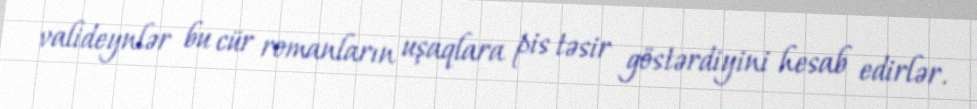
valideynlər bu cür romanların uşaqlara pis təsir göstərdiyini hesab edirlər.